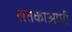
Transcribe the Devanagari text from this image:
शतकाआधी